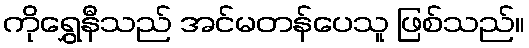
ကိုရွှေနီသည် အင်မတန်ပေသူ ဖြစ်သည်။